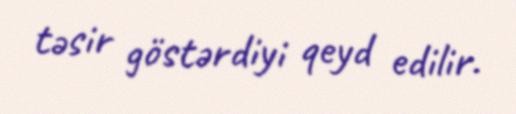
təsir göstərdiyi qeyd edilir.